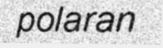
polaran